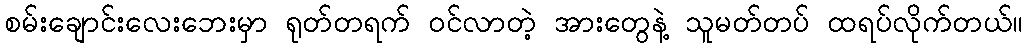
စမ်းချောင်းလေးဘေးမှာ ရုတ်တရက် ဝင်လာတဲ့ အားတွေနဲ့ သူမတ်တပ် ထရပ်လိုက်တယ်။